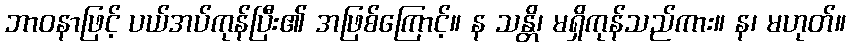
ဘာဝနာဖြင့် ပယ်အပ်ကုန်ပြီး၏ အဖြစ်ကြောင့်။ န သန္တိ၊ မရှိကုန်သည်ကား။ န၊ မဟုတ်။